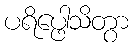
ပရိပ္ဖေါသိတွာ